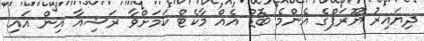
ދިޔައިރު ޔޫރަޕްގެ އެންމެ ބޮޑު އެއް މާކެޓް ކަމަށްވާ ރަޝިއާ އިން އައި